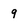
Character: 9